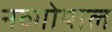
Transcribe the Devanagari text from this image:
नव्गोपाल